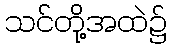
သင်တို့အထဲ၌